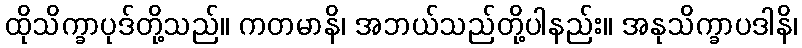
ထိုသိက္ခာပုဒ်တို့သည်။ ကတမာနိ၊ အဘယ်သည်တို့ပါနည်း။ အနုသိက္ခာပဒါနိ၊